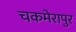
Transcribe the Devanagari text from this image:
चकमेरापुर